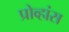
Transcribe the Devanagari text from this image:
प्रोव्हांस